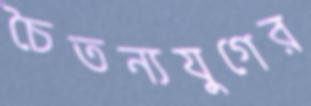
চৈতন্যযুগের